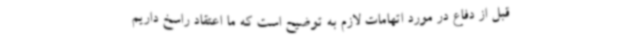
قبل از دفاع در مورد اتهامات لازم به توضیح است که ما اعتقاد راسخ داریم